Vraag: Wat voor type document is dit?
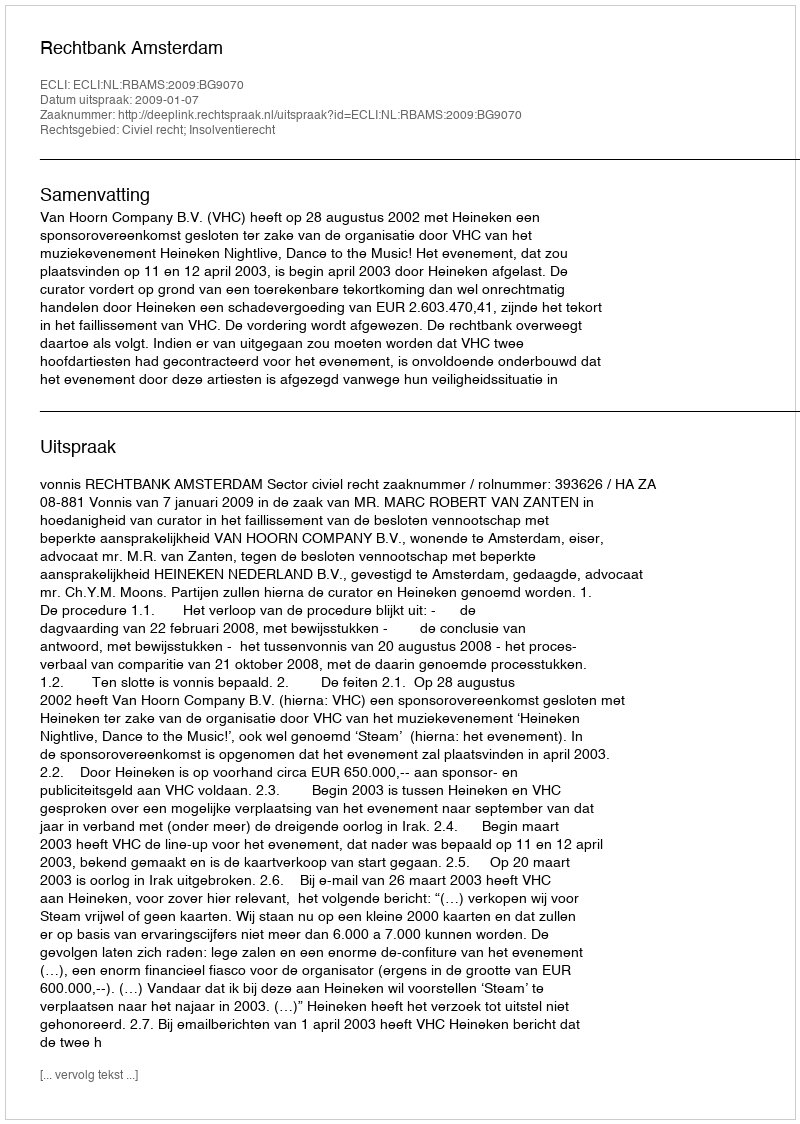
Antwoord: Uitspraak